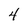
Character: 4